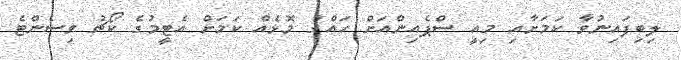
ލިބިފައިނުވާ ކަމަށާއި މިއީ ސްޕެއިންއަށް ހައްގު މޮޅެއް ކަމަށް އެޓީމުގެ ކޯޗު ވިސެންޓެ